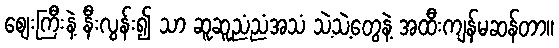
စျေးကြီးနဲ့ နီးလွန်း၍ သာ ဆူဆူညံညံအသံ သဲ့သဲ့တွေနဲ့ အထီးကျန်မဆန်တာ။